Lunatic asylums Punjab 1911-1921 - 1911-1921
Year: 1911
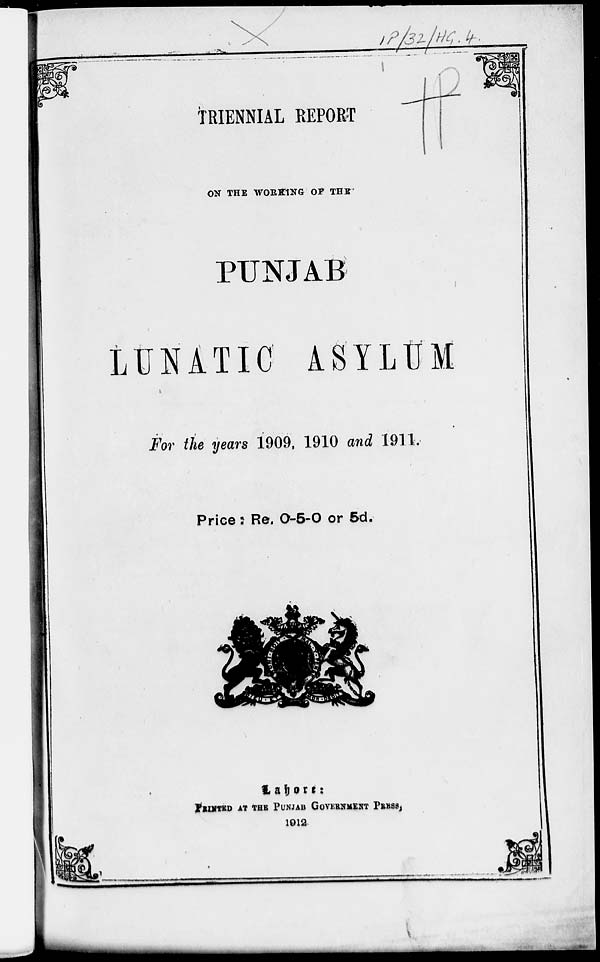
TRIENNIAL REPORT
ON THE WORNlNG OF THE
PUNJAB
LUNATIC ASYLUM
For the years 1909, 1910 and 1911.
Price: Re. 0-5-0 or 5d.
Lahore :
PRINTED AT THE PUNJAB GOVERNMENT PRESS,
1912.